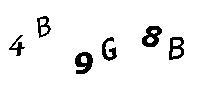
4B9G8B